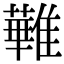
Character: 𩀵